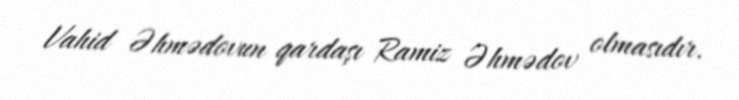
Vahid Əhmədovun qardaşı Ramiz Əhmədov olmasıdır.